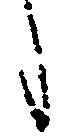
候